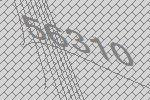
56310